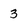
Character: 3